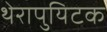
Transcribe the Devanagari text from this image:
थेरापुयिटक